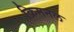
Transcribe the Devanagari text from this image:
क्रिमनल